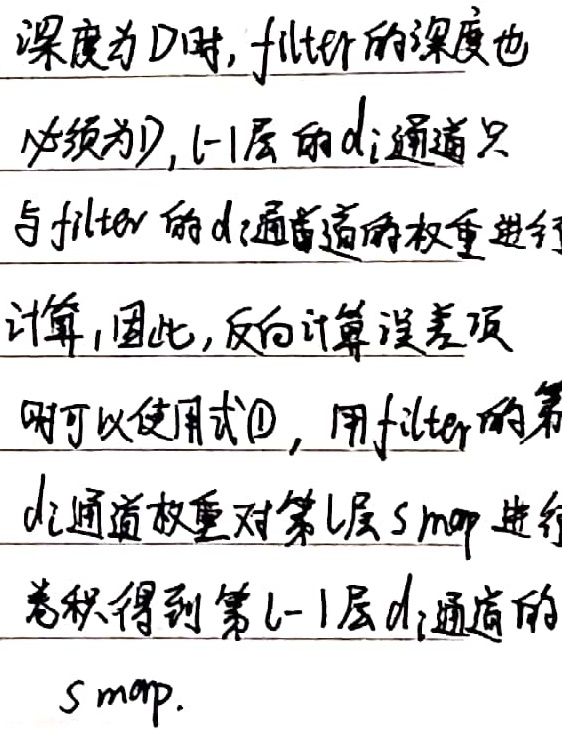
深度为$D$时，filter的深度也必须为$D$，$l - 1$层的$d_{i}$通道只与filter的$d_{i}$通道的权重进行计算，因此，反向计算误差项时可以使用式\textcircled{1}，用filter的第$d_{i}$通道权重对第$l$层$smap$进行卷积得到第$l - 1$层$d_{i}$通道的$smap$。